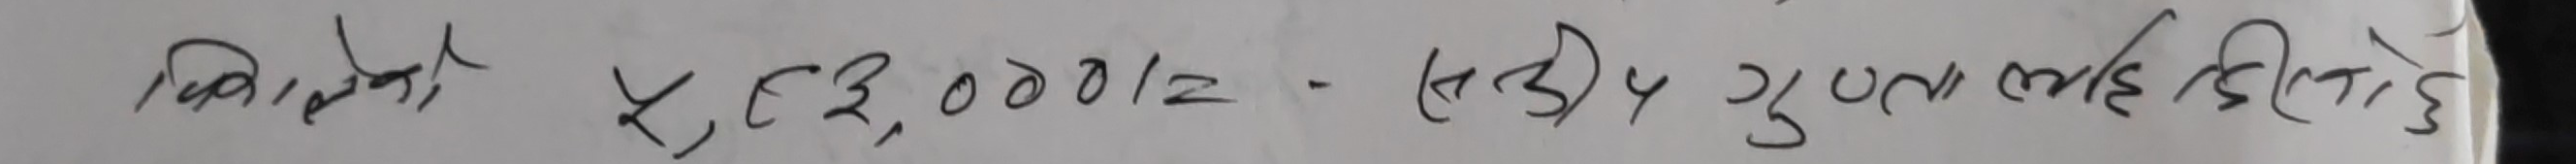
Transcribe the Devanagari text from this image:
निक्षेपको रू. ३,००,०००/- (रू. ३) गुणलाई दिने